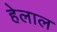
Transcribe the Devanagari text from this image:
हेलाल